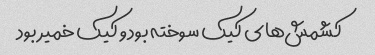
کشمش‌های کیک سوخته بود و کیک خمیر بود